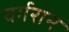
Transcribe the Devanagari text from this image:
वर्गरान